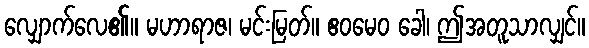
လျှောက်လေ၏။ မဟာရာဇ၊ မင်းမြတ်။ ဧဝမေဝ ခေါ၊ ဤအတူသာလျှင်။